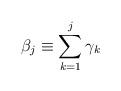
LaTeX: \begin{align*}\beta_j \equiv \sum_{k=1}^{j} \gamma_k\end{align*}